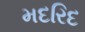
મદરિદ